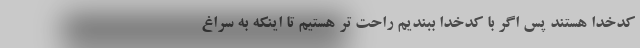
کدخدا هستند پس اگر با کدخدا ببندیم راحت تر هستیم تا اینکه به سراغ